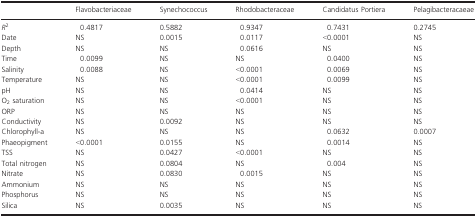
|  | Flavobacteriaceae | Synechococcus | Rhodobacteraceae | Candidatus Portiera | Pelagibacteracaeae |
 | --- | --- | --- | --- | --- | --- |
 | R2 | 0.4817 | 0.5882 | 0.9347 | 0.7431 | 0.2745 |
 | Date | NS | 0.0015 | 0.0117 | <0.0001 | NS |
 | Depth | NS | NS | 0.0616 | NS | NS |
 | Time | 0.0099 | NS | NS | 0.0400 | NS |
 | Salinity | 0.0088 | NS | <0.0001 | 0.0069 | NS |
 | Temperature | NS | NS | <0.0001 | 0.0099 | NS |
 | pH | NS | NS | 0.0414 | NS | NS |
 | O2 saturation | NS | NS | <0.0001 | NS | NS |
 | ORP | NS | NS | NS | NS | NS |
 | Conductivity | NS | 0.0092 | NS | NS | NS |
 | Chlorophyll-a | NS | NS | NS | 0.0632 | 0.0007 |
 | Phaeopigment | <0.0001 | 0.0155 | NS | 0.0014 | NS |
 | TSS | NS | 0.0427 | <0.0001 | NS | NS |
 | Total nitrogen | NS | 0.0804 | NS | 0.004 | NS |
 | Nitrate | NS | 0.0830 | 0.0015 | NS | NS |
 | Ammonium | NS | NS | NS | NS | NS |
 | Phosphorus | NS | NS | NS | NS | NS |
 | Silica | NS | 0.0035 | NS | NS | NS |